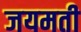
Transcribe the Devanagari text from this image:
जयमती